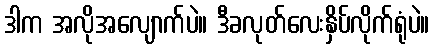
ဒါက အလိုအလျောက်ပဲ။ ဒီခလုတ်လေးနှိပ်လိုက်ရုံပဲ။